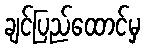
ချင်ပြည်ထောင်မှ